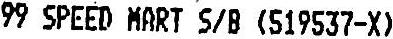
99 SPEED MART S/B (519537-X)